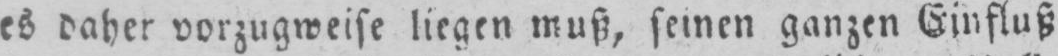
es daher vorzugweise liegen muß, seinen ganzen Einfluß